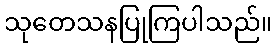
သုတေသနပြုကြပါသည်။